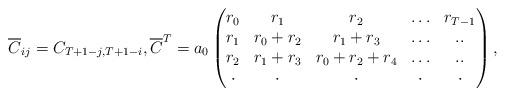
LaTeX: \begin{align*} \overline C_{ij}=C_{T+1-j,T+1-i},\overline C^T=a_0\begin{pmatrix}r_0 & r_1 & r_2 & \ldots & r_{T-1}\\r_1 & r_0+r_2 & r_1+r_3 & \ldots&..\\r_2 & r_1+r_3 & r_0+r_2+r_4 & \ldots & ..\\\cdot & \cdot & \cdot & \cdot & \cdot \\\end{pmatrix},\end{align*}